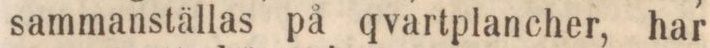
sammanställas på qvartplancher, har